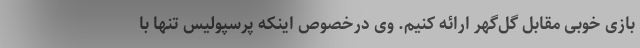
بازی خوبی مقابل گل‌گهر ارائه کنیم. وی درخصوص اینکه پرسپولیس تنها با